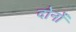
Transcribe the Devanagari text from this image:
दोनोंं